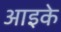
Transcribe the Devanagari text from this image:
आइके